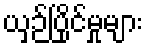
ယှဉ်ပြိုင်မှုများ